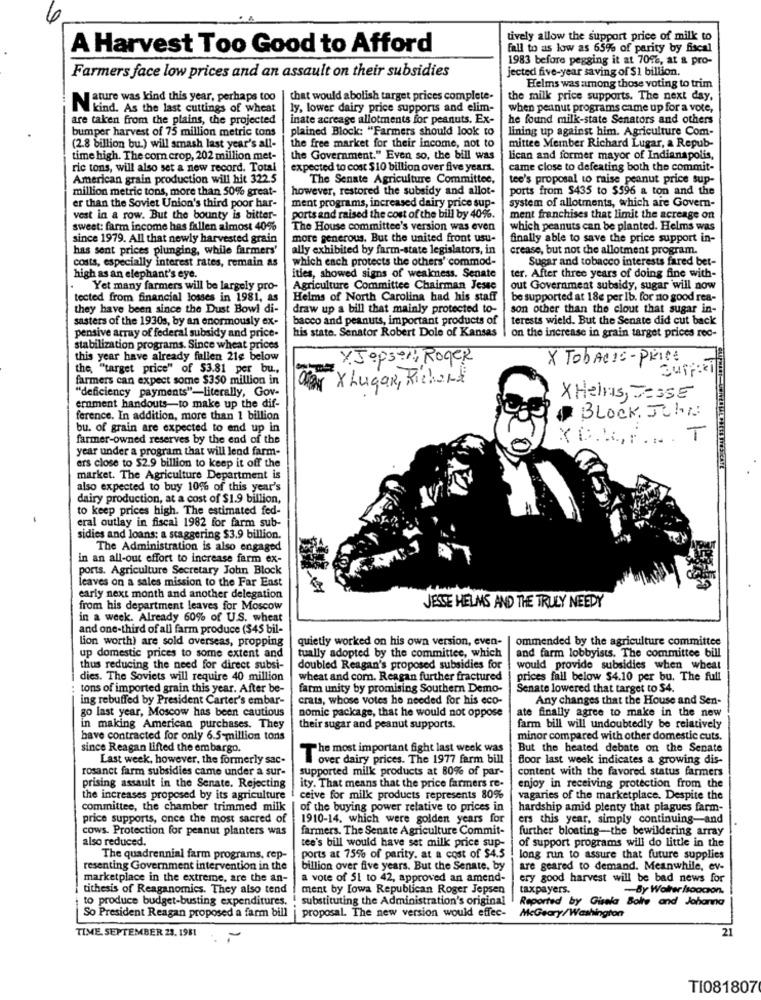
tively allow the support price of milk to
A Harvest Too Good to Afford
fall to as low as 65% of parity by fiscal
1983 before pegging it at 70%, at & pro-
jected five-year saving of $1 billion.
Farmers face low prices and an assault on their subsidies
Helms was among those voting to trim
Jature was kind this year, perhaps too
that would abolish target prices complete-
the milk price supports. The next day,
IN kind. As the last cuttings of wheat
ly, lower dairy price supports and elim-
when peanut programs came up for a vote,
are taken from the plains, the projected
inate acreage allotments for peanuts. Ex-
he found milk-state Senators and others
bumper harvest of 75 million metric tons
plained Block: "Farmers should look to
lining up against him. Agriculture Com-
(2.8 billion bu.) will smash last year's all-
the free market for their income, not to
mittee Member Richard Lugar, a Repub-
time high. The com crop, 202 million met-
the Government." Even so, the bill was
lican and former mayor of Indianapolis,
ric tons, will also set a new record. Total
expected to cost $10 billion over five years.
came close to defeating both the commit-
American grain production will hit 322.5
The Senate Agriculture Committee,
tee's proposal to raise peanut price sup-
million metric tons, more than 50% great-
however, restored the subsidy and allot-
ports from $435 to $596 a ton and the
ment programs, increased dairy price sup-
er than the Soviet Union's third poor har-
system of allotments, which are Govern-
vest in a row. But the bounty is bitter-
ports and raised the cost of the bill by 40%.
ment franchises that limit the acreage on
sweet: farm income has fallen almost 40%
The House committee's version was even
which peanuts can be planted. Helms was
since 1979. All that newly harvested grain
more generous. But the united front usu-
finally able to save the price support in-
has sent prices plunging, while farmers'
ally exhibited by farm-state legislators, in
crease, but not the allotment program.
which each protects the others' commod-
Sugar and tobacco interests fared bet-
costs, especially interest rates, remain as
high as an elephant's eye.
ities, showed signs of weakness. Senate
ter. After three years of doing fine with-
Yet many farmers will be largely pro-
Agriculture Committee Chairman Jesse
out Government subsidy, sugar will now
tected from financial losses in 1981, as
Helms of North Carolina had his staff
be supported at 18e per lb. for no good rea-
they have been since the Dust Bowl di-
draw up a bill that mainly protected to-
son other than the clout that sugar in-
sasters of the 1930s, by an enormously ex-
bacco and peanuts, important products of
terests wield. But the Senate did cut back
his state. Senator Robert Dole of Kansas
pensive array of federal subsidy and price-
on the increase in grain target prices rec-
stabilization programs. Since wheat prices
this year have already fallen 21e below
Y.Jopson, Roger
X TobACIs- PRICE
the "target price" of $3.81 per bu .,
Buff:ki
farmers can expect some $350 million in
Car X Lugar, Richard
"deficiency payments"-literally, Gov-
X Heins, JESSE
ernment handouts-to make up the dif-
ference. In addition, more than 1 billion
BLOCK. John
bu. of grain are expected to end up in
farmer-owned reserves by the end of the
XD .... .. . T
year under a program that will lend farm-
ars close to $2.9 billion to keep it off the
market. The Agriculture Department is
also expected to buy 10% of this year's
dairy production, at a cost of $1.9 billion,
to keep prices high. The estimated fed-
eral outlay in fiscal 1982 for farm sub-
sidies and loans: a staggering $3.9 billion.
The Administration is also engaged
in an all-out effort to increase farm ex-
ports. Agriculture Secretary John Block
leaves on a sales mission to the Far East
early next month and another delegation
JESSE HELMS AND THE TRULY NEEDY
from his department leaves for Moscow
in a week. Already 60% of U.S. wheat
and one-third of all farm produce (345 bil-
lion worth) are sold overseas, propping
quietly worked on his own version, even-
ommended by the agriculture committee
tually adopted by the committee, which
up domestic prices to some extent and
and farm lobbyists. The committee bill
thus reducing the need for direct subsi-
doubled Reagan's proposed subsidies for
would provide subsidies when wheat
dies. The Soviets will require 40 million
wheat and com. Reagan further fractured
prices fall below $4.10 per bu. The full
: tons of imported grain this year. After be-
farm unity by promising Southern Demo-
Senate lowered that target to $4.
ing rebuffed by President Carter's embar-
crats, whose votes he needed for his eco-
Any changes that the House and Sen-
go last year, Moscow has been cautious
nomic package, that he would not oppose
ate finally agree to make in the new
in making American purchases. They
their sugar and peanut supports.
farm bill will undoubtedly be relatively
have contracted for only 6.5-million tons
minor compared with other domestic cuts.
since Reagan lifted the embargo.
The most important fight last week was
But the heated debate on the Senate
Last week, however, the formerly sac-
over dairy prices. The 1977 farm bill
floor last week indicates a growing dis-
rosanct farm subsidies came under a sur-
supported milk products at 80% of par-
content with the favored status farmers
prising assault in the Senate. Rejecting
ity. That means that the price farmers re-
enjoy in receiving protection from the
the increases proposed by its agriculture
ceive for milk products represents 80%
vagaries of the marketplace. Despite the
committee, the chamber trimmed milk
of the buying power relative to prices in
hardship amid plenty that plagues farm-
price supports, once the most sacred of
1910-14. which were golden years for
ers this year, simply continuing-and
cows. Protection for peanut planters was
farmers. The Senate Agriculture Commit-
further bloating-the bewildering array
also reduced.
of support programs will do little in the
tee's bill would have set milk price sup-
The quadrennial farm programs, rep-
ports at 75% of parity. at a cost of $4.5
long run to assure that future supplies
resenting Government intervention in the
billion over five years. But the Senate, by
are geared to demand. Meanwhile, ev-
marketplace in the extreme, are the an-
a vote of 51 to 42, approved an amend-
ery good harvest will be bad news for
tithesis of Reaganomics. They also tend
ment by Lowa Republican Roger Jepsen
taxpayers.
-By Walter /soacon.
to produce budget-busting expenditures.
substituting the Administration's original
Reported by Gisela Bolte and Johanna
So President Reagan proposed a farm bill
proposal. The new version would effec-
McGeary/Washington
TIME. SEPTEMBER 23. 1981
21
TI081807